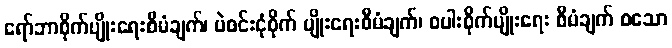
ရော်ဘာစိုက်ပျိုးရေးစီမံချက်၊ ပဲစင်းငုံစိုက် ပျိုးရေးစီမံချက်၊ စပါးစိုက်ပျိုးရေး စီမံချက် စသော